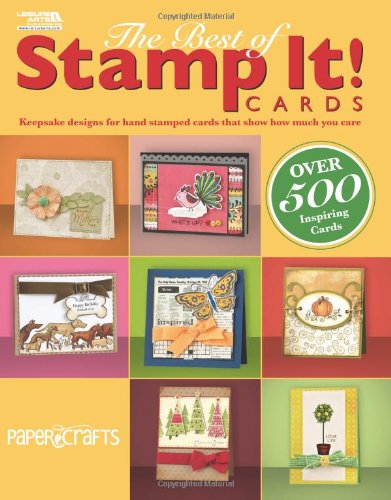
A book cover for The Best of Stamp It! Cards (Leisure Arts #5555); Paper Crafts editors; Crafts, Hobbies & Home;